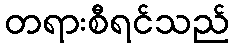
တရားစီရင်သည်